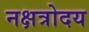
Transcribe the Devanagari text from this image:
नक्षत्रोदय